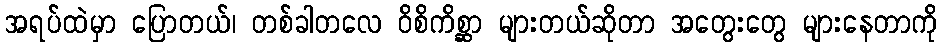
အရပ်ထဲမှာ ပြောတယ်၊ တစ်ခါတလေ ဝိစိကိစ္ဆာ များတယ်ဆိုတာ အတွေးတွေ များနေတာကို